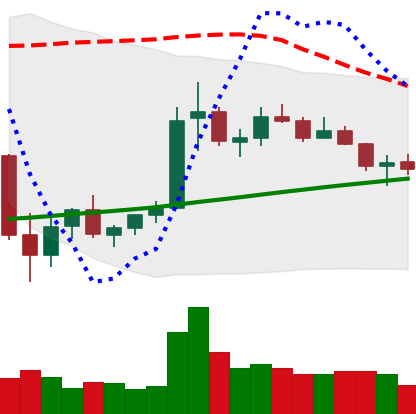
Ticker: ETC-USD
Chart end date: 2021-07-10
Forward return: -12.217%
Label: down_7plus